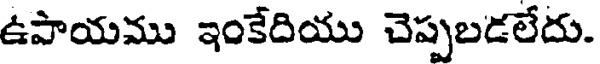
ఉపాయము ఇంకేదియు చెప్పబడలేదు.